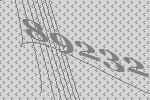
89232